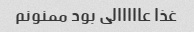
غذا عااااالی بود ممنونم